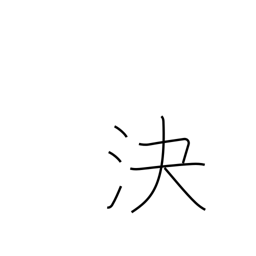
Meaning: decide